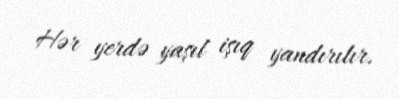
Hər yerdə yaşıl işıq yandırılır.